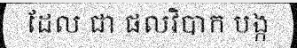
ដែល ជា ផលវិបាក បង្ក